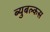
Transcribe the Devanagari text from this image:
ब्युबल्कस